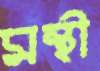
মন্থী